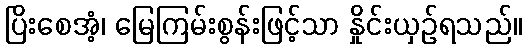
ပြိးစေအံ့၊ မြေကြမ်းစွန်းဖြင့်သာ နှိုင်းယှဉ်ရသည်။